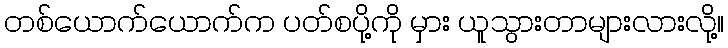
တစ်ယောက်ယောက်က ပတ်စပို့ကို မှား ယူသွားတာများလားလို့။